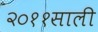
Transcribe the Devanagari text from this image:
२०११साली